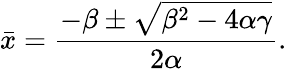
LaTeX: \bar{x}=\frac{-\beta\pm\sqrt{\beta^{2}-4\alpha\gamma}}{2\alpha}.